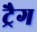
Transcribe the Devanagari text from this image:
ट्रैग